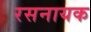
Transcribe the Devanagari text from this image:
रसनायक